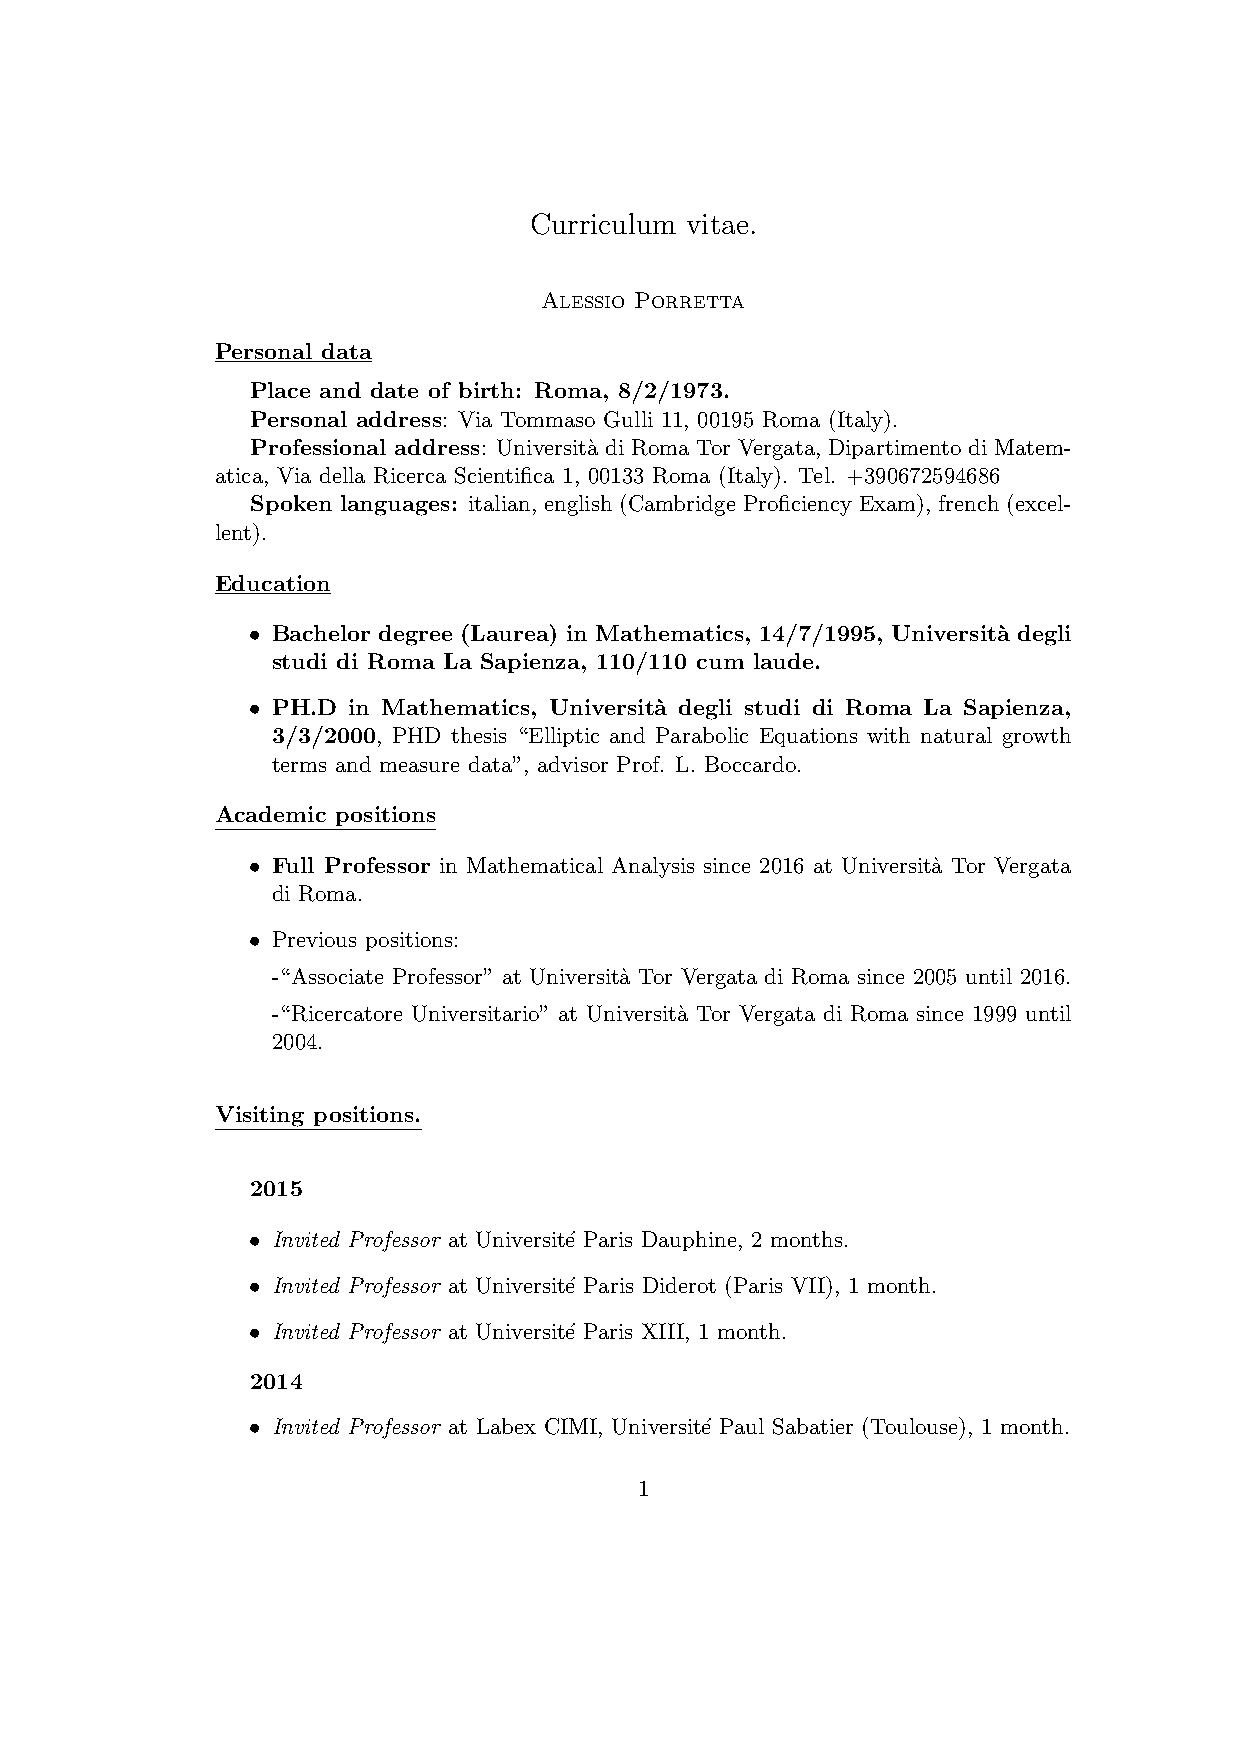
Curriculum vitae.
 Alessio Porretta
 Personal data
 Place and date of birth: Roma, 8/2/1973.
 Personal address: Via Tommaso Gulli 11, 00195 Roma (Italy).
 Professional address: Universit`a di Roma Tor Vergata, Dipartimento di Matem-
 atica, Via della Ricerca Scientifica 1, 00133 Roma (Italy). Tel. +390672594686
 Spoken languages: italian, english (Cambridge Proficiency Exam), french (excel-
 lent).
 Education
 • Bachelor degree (Laurea) in Mathematics, 14/7/1995, Universit`a degli
 studi di Roma La Sapienza, 110/110 cum laude.
 • PH.D in Mathematics, Universit`a degli studi di Roma La Sapienza,
 3/3/2000, PHD thesis “Elliptic and Parabolic Equations with natural growth
 terms and measure data”, advisor Prof. L. Boccardo.
 Academic positions
 • Full Professor in Mathematical Analysis since 2016 at Universit`a Tor Vergata
 di Roma.
 • Previous positions:
 -“Associate Professor” at Universit`a Tor Vergata di Roma since 2005 until 2016.
 -“Ricercatore Universitario” at Universit`a Tor Vergata di Roma since 1999 until
 2004.
 Visiting positions.
 2015
 • Invited Professor at Universit´e Paris Dauphine, 2 months.
 • Invited Professor at Universit´e Paris Diderot (Paris VII), 1 month.
 • Invited Professor at Universit´e Paris XIII, 1 month.
 2014
 • Invited Professor at Labex CIMI, Universit´e Paul Sabatier (Toulouse), 1 month.
 1